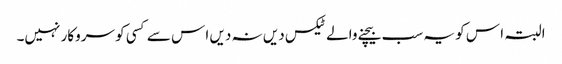
البتہ ا س کو یہ سب بیچنے والے ٹیکس دیں نہ دیں ا س سے کسی کو سروکار نہیں۔